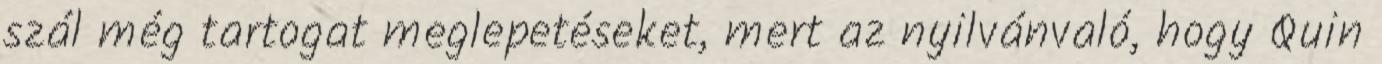
szál még tartogat meglepetéseket, mert az nyilvánvaló, hogy Quin